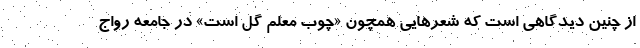
از چنین دیدگاهی است که شعرهایی همچون «چوب معلم گل است» در جامعه رواج